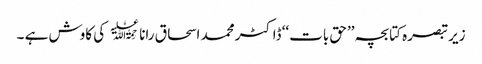
زیر تبصرہ کتابچہ ’’حق بات‘‘ ڈاکٹر محمد اسحاق رانا ﷫ کی کاوش ہے ۔